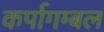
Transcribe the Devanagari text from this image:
कर्पागम्बल